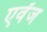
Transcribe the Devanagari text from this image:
एवेंज